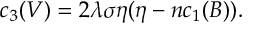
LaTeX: c _ { 3 } ( V ) = 2 \lambda \sigma \eta ( \eta - n c _ { 1 } ( B ) ) .